Civil Veterinary Department Bihar & Orissa reports 1929-36 - 1929-1936
Year: 1929
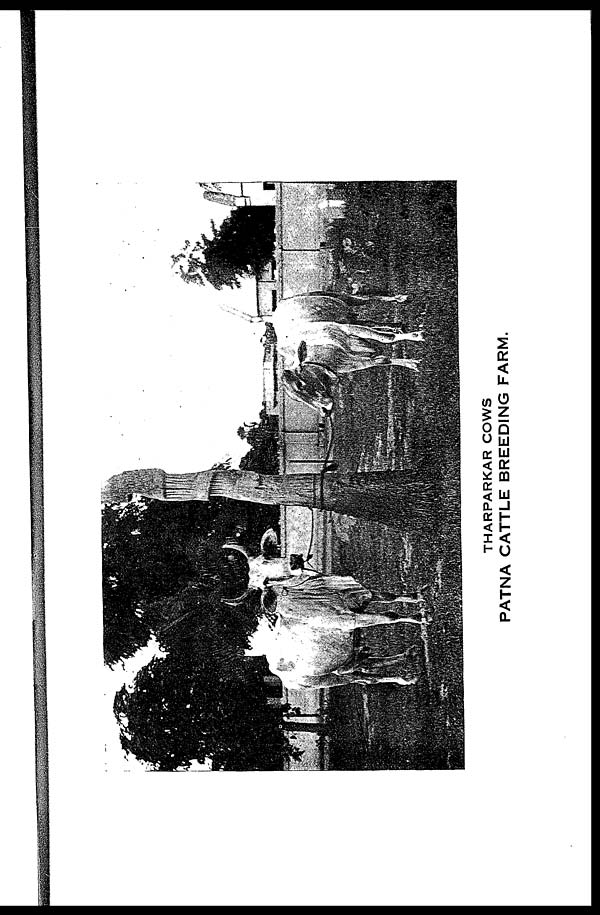
THARPARKAR COWS
PATNA CATTLE BREEDING FARM.